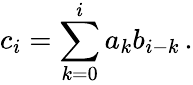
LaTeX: c_{i}=\sum_{k=0}^{i}a_{k}b_{i-k}\, .